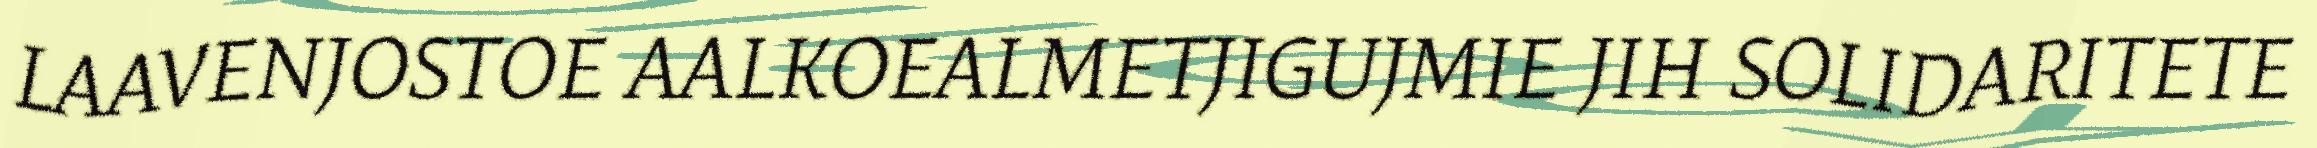
LAAVENJOSTOE AALKOEALMETJIGUJMIE JIH SOLIDARITETE